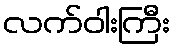
လက်ဝါးကြီး